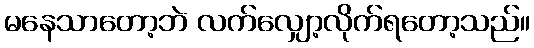
မနေသာတော့ဘဲ လက်လျှော့လိုက်ရတော့သည်။